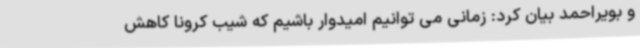
و بویراحمد بیان کرد: زمانی می توانیم امیدوار باشیم که شیب کرونا کاهش